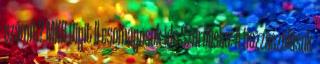
számít? MKB Digit ll csomagosok ide Szűrőlista: A hozzászólások